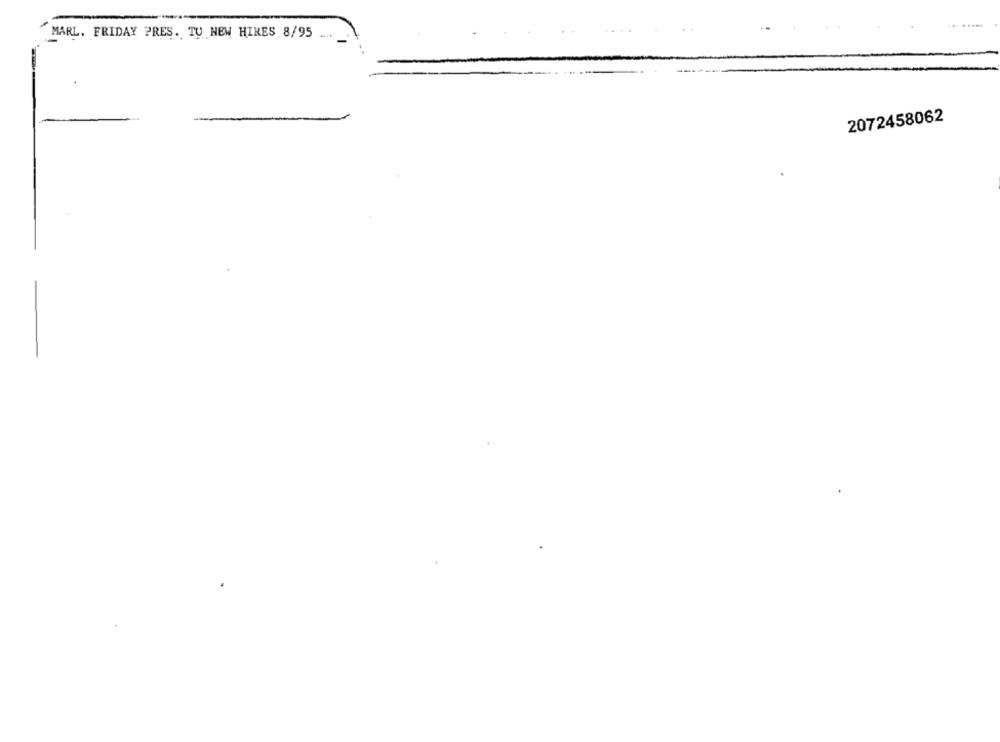
..
MARL. FRIDAY PRES. TU NEW HIKES 8/95 ....
2072458062